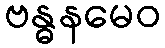
ဗန္ဓနမေဝ